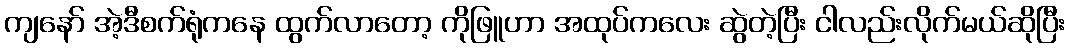
ကျနော် အဲ့ဒီစက်ရုံကနေ ထွက်လာတော့ ကိုဖြူဟာ အထုပ်ကလေး ဆွဲတဲ့ပြီး ငါလည်းလိုက်မယ်ဆိုပြီး